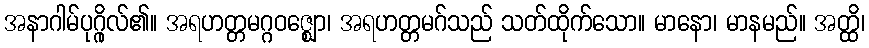
အနာဂါမ်ပုဂ္ဂိုလ်၏။ အရဟတ္တမဂ္ဂဝဇ္ဈော၊ အရဟတ္တမဂ်သည် သတ်ထိုက်သော။ မာနော၊ မာနမည်။ အတ္ထိ၊